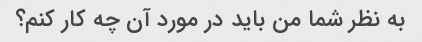
به نظر شما من باید در مورد آن چه کار کنم؟